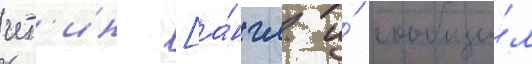
чет'ин [а́нгл. и́ сообщи́л